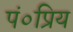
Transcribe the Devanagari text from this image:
पं०प्रिय